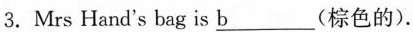
3. Mrs Hand's bag is \underline{b} (棕色的).